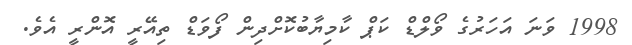
1998 ވަނަ އަހަރުގެ ވޯލްޑް ކަޕް ކާމިޔާބުކޮށްދިން ފޯވަޑް ތިއޭރީ އޮންރީ އެވެ.